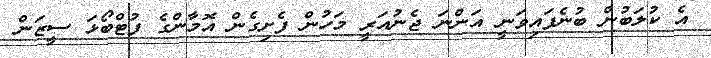
އެ ކުލަބުން ބުނެފައިވަނީ އަންނަ ޖެނުއަރީ މަހުން ފެށިގެން އޮމާންގެ ފުޓްބޯޅަ ސީޒަން